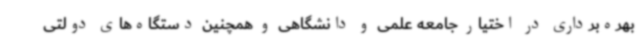
بهره‌برداری در اختیار جامعه علمی و دانشگاهی و همچنین دستگاه‌های دولتی